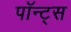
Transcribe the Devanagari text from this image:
पॉन्ट्स